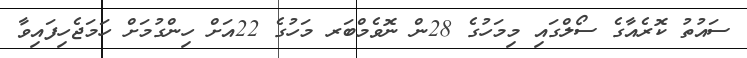
ސައުތު ކޮރެއާގެ ސޯލްގައި މިމަހުގެ 28ން ނޮވެމްބަރ މަހުގެ 22އަށް ހިންގުމަށް ހަމަޖެހިފައިވާ